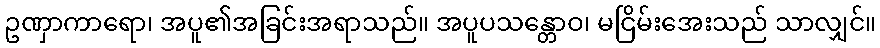
ဥဏှာကာရော၊ အပူ၏အခြင်းအရာသည်။ အပူပသန္တောဝ၊ မငြိမ်းအေးသည် သာလျှင်။